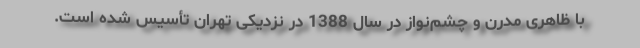
با ظاهری مدرن و چشم‌نواز در سال 1388 در نزدیکی تهران تأسیس شده است.